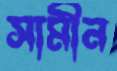
সামীন